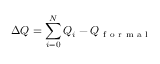
\Delta Q = \sum _ { i = 0 } ^ { N } Q _ { i } - Q _ { \mathrm { ~ f ~ o ~ r ~ m ~ a ~ l ~ } }